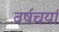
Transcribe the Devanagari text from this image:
वर्षचर्या